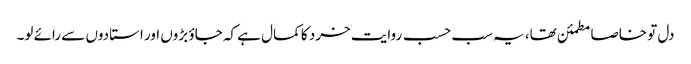
دل تو خاصا مطمئن تھا، یہ سب حسب روایت خرد کا کمال ہے کہ جاؤ بڑوں اور استادوں سے رائے لو۔